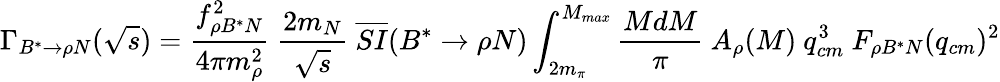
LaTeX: \Gamma_{B^{*}\to\rho N}(\sqrt{s})=\frac{f_{\rho B^{*}N}^{2}}{4\pi m_{\rho}^{2}}\ \frac{2m_{N}}{\sqrt{s}}\ \overline{{{SI}}}(B^{*}\to\rho N)\int_{2m_{\pi}}^{M_{max}}\frac{MdM}{\pi}\ A_{\rho}(M)\ q_{cm}^{3}\ F_{\rho B^{*}N}(q_{cm})^{2}